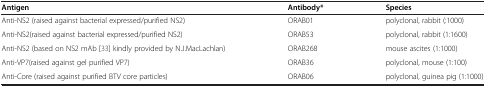
| Antigen | Antibody* | Species |
 | --- | --- | --- |
 | Anti-NS2 (raised against bacterial expressed/purified NS2) | ORAB01 | polyclonal, rabbit (:1000) |
 | Anti-NS2(raised against bacterial expressed/purified NS2) | ORAB53 | polyclonal, rabbit (1:1600) |
 | Anti-NS2 (based on NS2 mAb[33] kindly provided by N.J.MacLachlan) | ORAB268 | mouse ascites (1:1000) |
 | Anti-VP7(raised against gel purified VP7) | ORAB36 | polyclonal, mouse (1:100) |
 | Anti-Core (raised against purified BTV core particles) | ORAB06 | polyclonal, guinea pig (1:1000) |